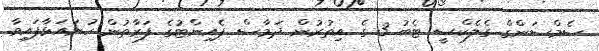
ސެމްސަންގް ގެލެކްސީ ޓެބު 3 ގެ އިތުރުން ދަމާސް ޕެއިންޓުގެ ފަރާތުން ހުށައަޅާފައިވާ